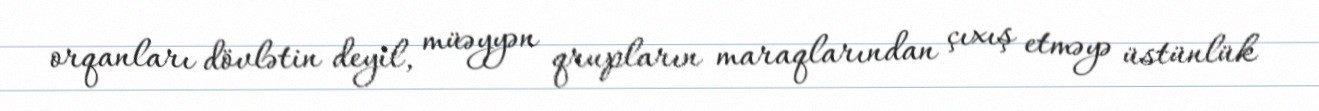
orqanları dövlətin deyil, müəyyən qrupların maraqlarından çıxış etməyə üstünlük